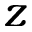
z